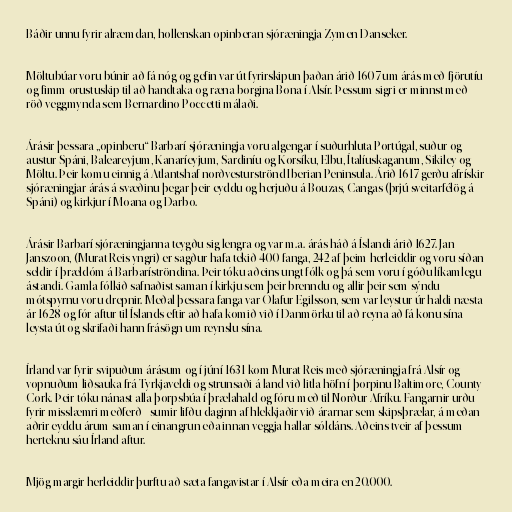
Báðir unnu fyrir alræmdan, hollenskan opinberan sjóræningja Zymen Danseker.

Möltubúar voru búnir að fá nóg og gefin var út fyrirskipun þaðan árið 1607 um árás með fjörutíu
og fimm orustuskip til að handtaka og ræna borgina Bona í Alsír. Þessum sigri er minnst með
röð veggmynda sem Bernardino Poccetti málaði.

Árásir þessara „opinberu“ Barbarí sjóræningja voru algengar í suðurhluta Portúgal, suður og
austur Spáni, Baleareyjum, Kanaríeyjum, Sardiníu og Korsíku, Elbu, Ítalíuskaganum, Sikiley og
Möltu. Þeir komu einnig á Atlantshaf norðvesturströnd Iberian Peninsula. Árið 1617 gerðu afrískir
sjóræningjar árás á svæðinu þegar þeir eyddu og herjuðu á Bouzas, Cangas (þrjú sveitarfélög á
Spáni) og kirkjur í Moana og Darbo.

Árásir Barbarí sjóræningjanna teygðu sig lengra og var m.a. árás háð á Íslandi árið 1627. Jan
Janszoon, (Murat Reis yngri) er sagður hafa tekið 400 fanga, 242 af þeim herleiddir og voru síðan
seldir í þrældóm á Barbaríströndina. Þeir tóku aðeins ungt fólk og þá sem voru í góðu líkamlegu
ástandi. Gamla fólkið safnaðist saman í kirkju sem þeir brenndu og allir þeir sem sýndu
mótspyrnu voru drepnir. Meðal þessara fanga var Ólafur Egilsson, sem var leystur úr haldi næsta
ár 1628 og fór aftur til Íslands eftir að hafa komið við í Danmörku til að reyna að fá konu sína
leysta út og skrifaði hann frásögn um reynslu sína.

Írland var fyrir svipuðum árásum og í júní 1631 kom Murat Reis með sjóræningja frá Alsír og
vopnuðum liðsauka frá Tyrkjaveldi og strunsaði á land við litla höfn í þorpinu Baltimore, County
Cork. Þeir tóku nánast alla þorpsbúa í þrælahald og fóru með til Norður-Afríku. Fangarnir urðu
fyrir misslæmri meðferð - sumir lifðu daginn af hlekkjaðir við árarnar sem skipsþrælar, á meðan
aðrir eyddu árum saman í einangrun eða innan veggja hallar sóldáns. Aðeins tveir af þessum
herteknu sáu Írland aftur.

Mjög margir herleiddir þurftu að sæta fangavistar í Alsír eða meira en 20.000.